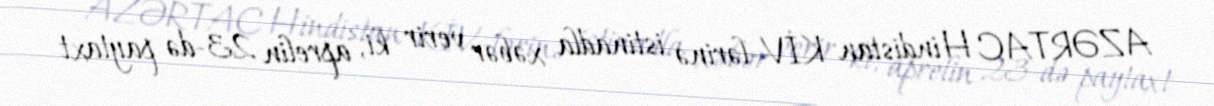
AZƏRTAC Hindistan KİV-lərinə istinadla xəbər verir ki, aprelin 23-də paytaxt